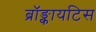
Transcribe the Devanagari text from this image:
ब्रॉङ्कायटिस